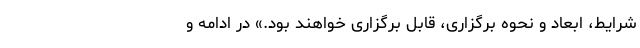
شرایط، ابعاد و نحوه برگزاری، قابل برگزاری خواهند بود.» در ادامه و